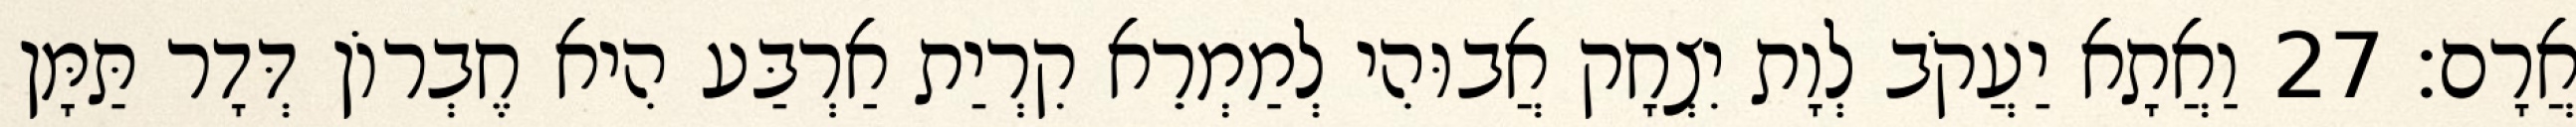
אֲרָם׃ 27 וַאֲתָא יַעֲקֹב לְוָת יִצְחָק אֲבוּהִי לְמַמְרֵא קִרְיַת אַרְבַּע הִיא חֶבְרוֹן דְּדָר תַּמָּן